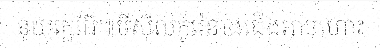
នុយក្លេអ៊ែ៕មីស៊ីលកូរ៉េខាងជើងអាចហោះ